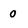
Character: o